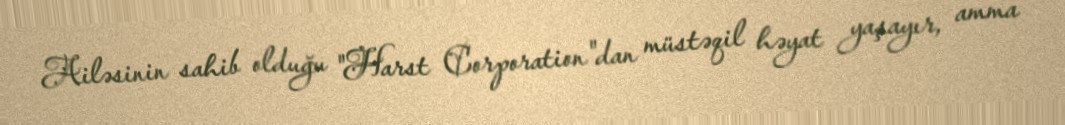
Ailəsinin sahib olduğu "Harst Corporation"dan müstəqil həyat yaşayır, amma